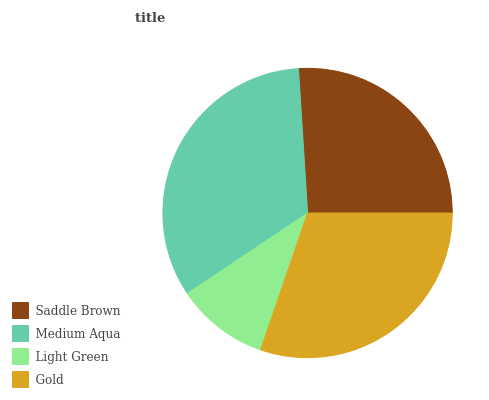
| Saddle Brown | Medium Aqua | Light Green | Gold |
 | --- | --- | --- | --- |
 | 26% | 33.4% | 10.4% | 30.3% |